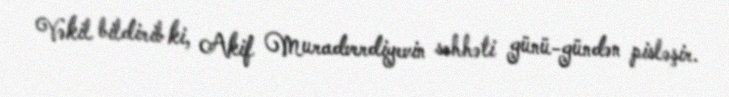
Vəkil bildirib ki, Akif Muradverdiyevin səhhəti günü-gündən pisləşir.